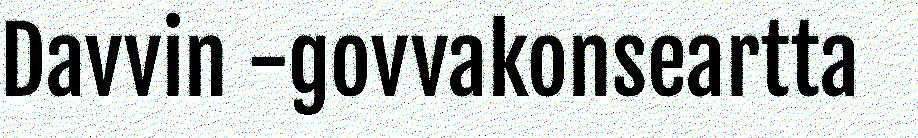
Davvin -govvakonseartta